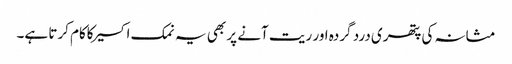
مثانہ کی پتھری درد گردہ اور ریت آنے پر بھی یہ نمک اکسیرکاکام کرتا ہے۔